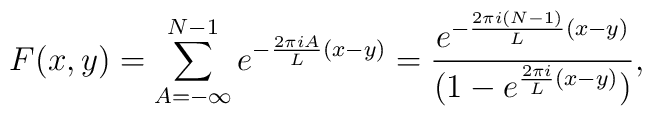
F(x,y)=\sum_{A =-\infty}^{N-1} e^{-{2\pi iA\over L}(x-y)}={e^{-{2\pi i (N-1) \over L}(x-y)}\over (1-e^{{ 2\pi i\over L}(x-y)})},